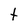
Character: t